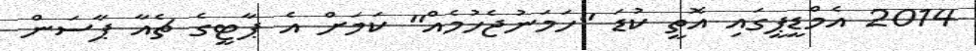
2014 އެމްޑީޕީގައި އޮތީ ކުޑަ "ހަމަނުޖެހުމެއް" ކަމަށް އެ ޕާޓީގެ ޗެއާ ޕާސަން